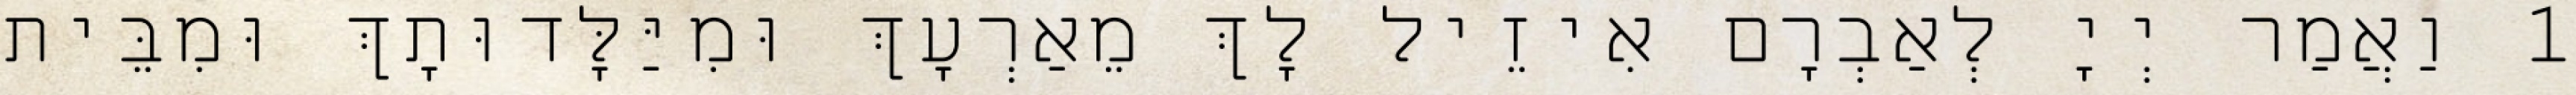
1 וַאֲמַר יְיָ לְאַבְרָם אִיזֵיל לָךְ מֵאַרְעָךְ וּמִיַּלָּדוּתָךְ וּמִבֵּית